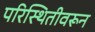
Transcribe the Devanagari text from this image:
परिस्थितीवरून